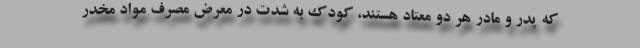
که پدر و مادر هر دو معتاد هستند، کودک به شدت در معرض مصرف مواد مخدر